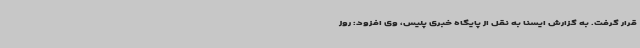
قرار گرفت. به گزارش ایسنا به نقل از پایگاه خبری پلیس، وی افزود: روز